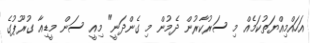
އަހައްމިއްޔަތުކަމެއް މި ސަރުކާރުން ދެމުން މި ގެންދަނީ" މިއީ ސަން މީޑިއާ ގުރޫޕުގެ